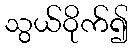
သွယ်ဝိုက်၍